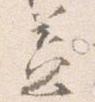
蓋